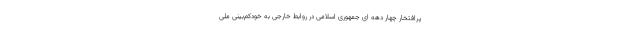
پرافتخار چهار دهه ای جمهوری اسلامی در روابط خارجی به خودکم‌بینی ملی